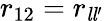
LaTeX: r_{12}=r_{{\mathit{l}}{\mathit{l}}^{\prime}}